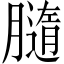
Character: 膸